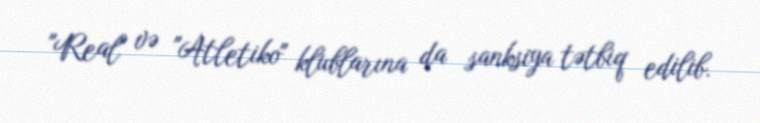
"Real" və "Atletiko" klublarına da sanksiya tətbiq edilib.